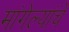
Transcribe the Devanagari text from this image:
मांगेल्यांचे